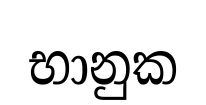
භානුක